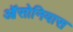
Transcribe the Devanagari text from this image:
ऑसोनियास